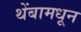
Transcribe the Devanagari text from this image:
थेंबामधून